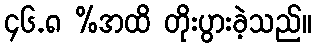
၄၆.၈ %အထိ တိုးပွားခဲ့သည်။